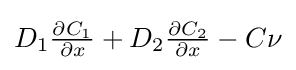
\textstyle D_{1}{\frac {\partial C_{1}}{\partial x}}+D_{2}{\frac {\partial C_{2}}{\partial x}}-C\nu